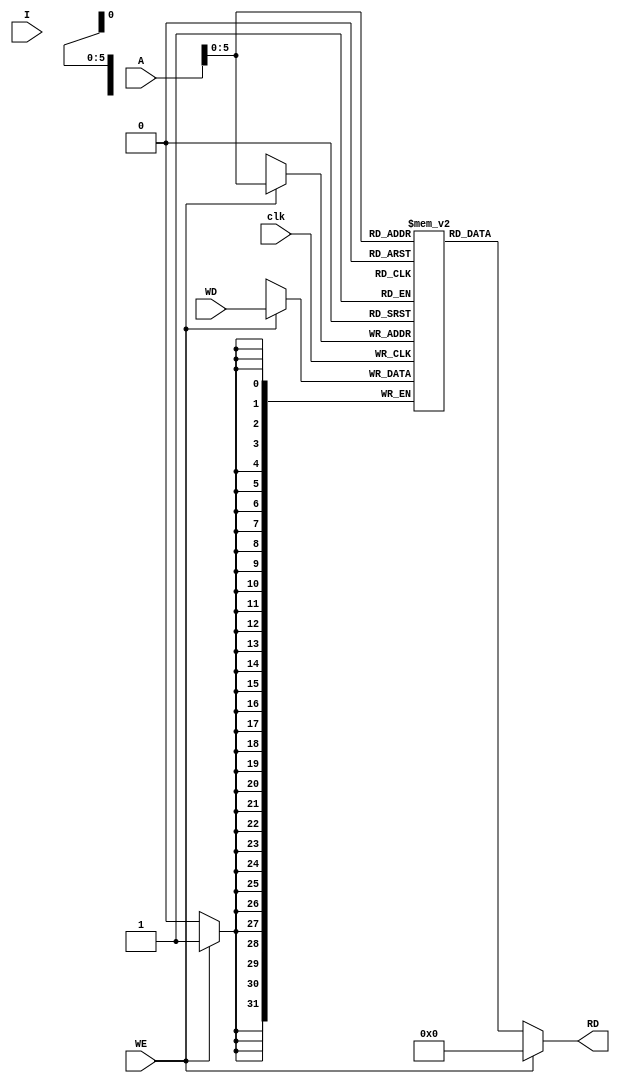
module data_memory(
                   input clk,
                   input WE,
                   input [3:0] I,
                   input [31:0] A,
                   input [31:0] WD,
                   output [31:0] RD
                   );
   reg [31:0]                    RAM[0:63];
   assign RD = (WE == 0) ? RAM[A] : 32'b0;

   always @(posedge clk) if (WE) RAM[A] <= WD;

endmodule // data_memory